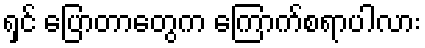
ရှင် ပြောတာတွေက ကြောက်စရာပါလား